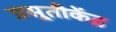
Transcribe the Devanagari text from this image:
प्रसूतीकेंद्र